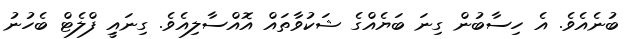
ބުނެއެވެ. އެ ހިސާބުން ގިނަ ބަޔެއްގެ ޝަކުވާތައް އޮއްސާލިއެވެ. ގިނައީި ފްލެޓް ބެހުނު